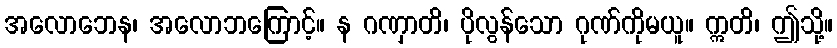
အလောဘေန၊ အလောဘကြောင့်။ န ဂဏှာတိ၊ ပိုလွန်သော ဂုဏ်ကိုမယူ။ ဣတိ၊ ဤသို့။